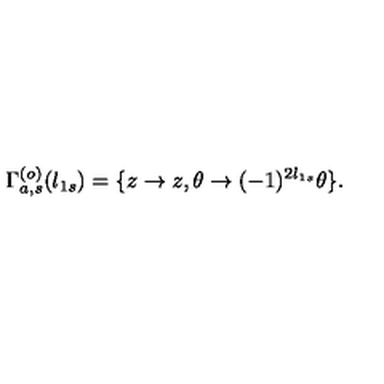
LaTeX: \Gamma _ { a , s } ^ { ( o ) } ( l _ { 1 s } ) = \{ z \rightarrow z , \theta \rightarrow ( - 1 ) ^ { 2 l _ { 1 s } } \theta \} .